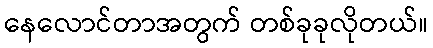
နေလောင်တာအတွက် တစ်ခုခုလိုတယ်။